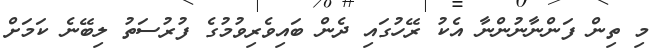
މި ތިން ފަންނާނުންނާ އެކު ރޭހުގައި ދެން ބައިވެރިވުމުގެ ފުރުސަތު ލިބޭނެ ކަމަށް